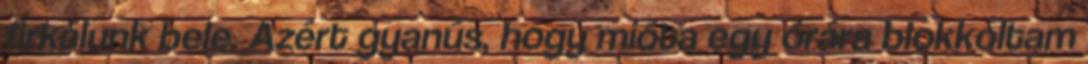
firkálunk bele. Azért gyanús, hogy mióta egy órára blokkoltam